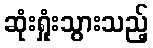
ဆုံးရှုံးသွားသည့်